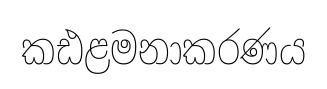
කඪළමනාකරණය